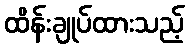
ထိန်းချုပ်ထားသည့်